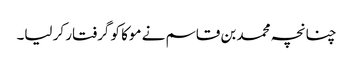
چنانچہ محمد بن قاسم نے موکا کو گرفتار کر لیا۔